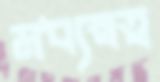
মধ্যস্বত্ব